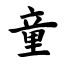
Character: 童